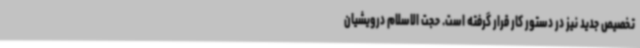
تخصیص جدید نیز در دستور کار قرار گرفته است. حجت الاسلام درویشیان